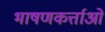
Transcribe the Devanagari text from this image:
भाषणकर्त्ताओं